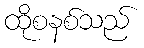
ထိုစနစ်သည်